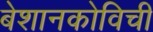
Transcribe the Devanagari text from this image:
बेशानकोविची